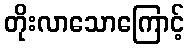
တိုးလာသောကြောင့်